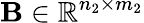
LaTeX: \mathbf{B}\in\mathbb{R}^{n_{2}\times m_{2}}